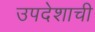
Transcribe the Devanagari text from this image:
उपदेशाची